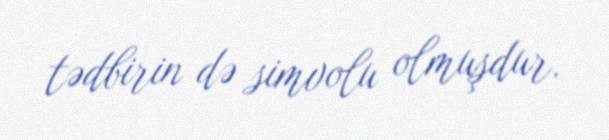
tədbirin də simvolu olmuşdur.